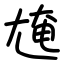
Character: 㞄